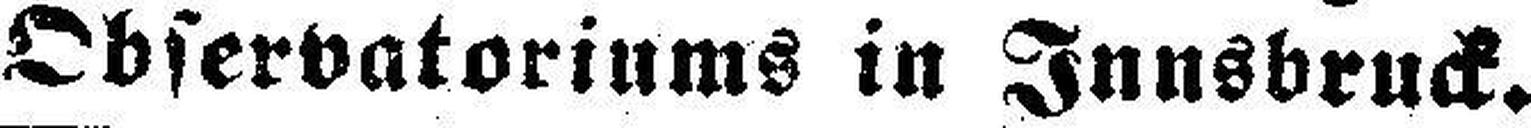
Observatoriums in Innsbruck.